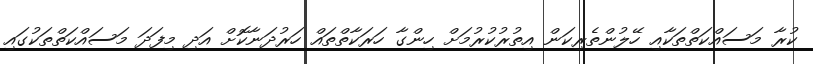
ކުރާ މަސައްކަތްތަކާއި ހޭލުންތެރިކަން އިތުރުކުރުމަށް ހިންގާ ހަރަކާތްތައް ހަރުދަނާކޮށް އަދި މިފަދަ މަސައްކަތްތަކުގައި